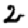
Digit: 2